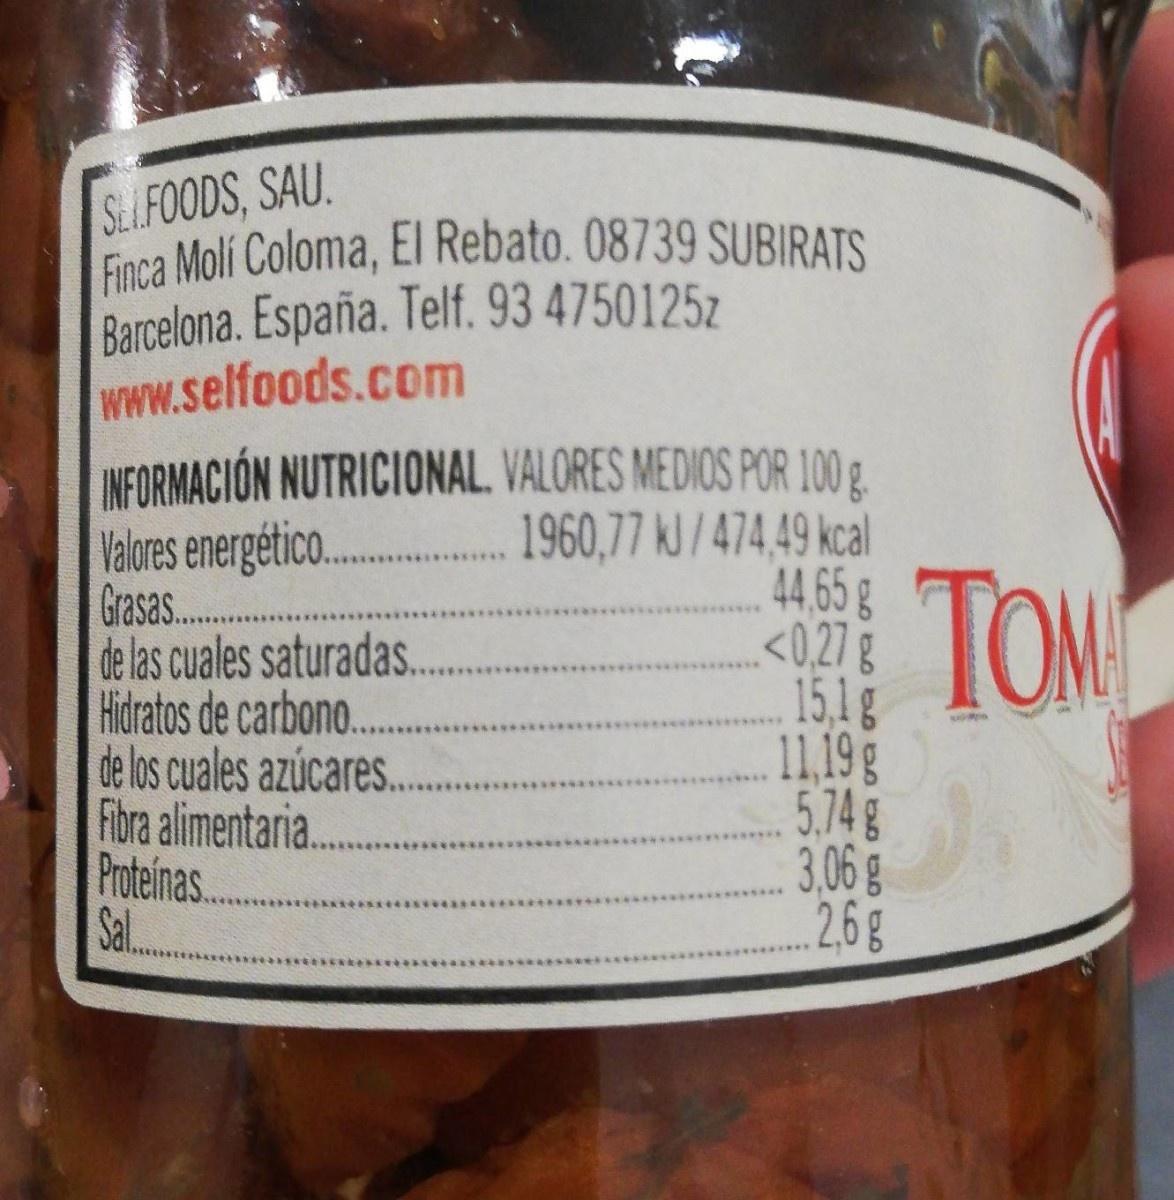
SLIFOODS, SAU. Finca Moli Coloma, ElI Rebato. 08739 SUBIRATS Barcelona. España. Telf. 93 4750125z www.selfoods.com INFORMACIÓN NUTRICIONAL. VALORES MEDIOS POR 100 g. Valores energético. Grasas. de las cuales saturadas. Hidratos de carbono.. de los cuales azúcares. Fibra alimentaria. Proteinas. Sal... 1960,77 kJ /474,49 kcal 44,65g TOM 15,1g 11,19g 5.74g 3,06g 2.6g *****